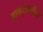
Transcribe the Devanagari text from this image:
आश्रयाकरिता